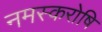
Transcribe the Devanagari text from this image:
नमस्करोषि